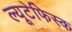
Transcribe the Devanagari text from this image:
ल्यूटेफिस्क